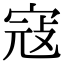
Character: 寇